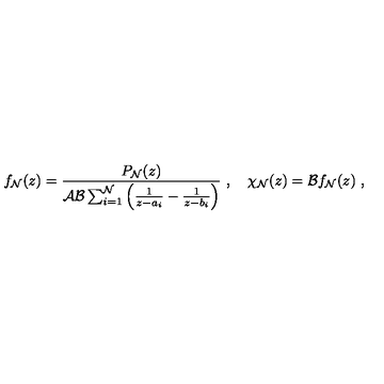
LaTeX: f _ { \cal N } ( z ) = { \frac { P _ { \cal N } ( z ) } { { \cal A } { \cal B } \sum _ { i = 1 } ^ { \cal N } \left( { \frac { 1 } { z - a _ { i } } } - { \frac { 1 } { z - b _ { i } } } \right) } } \ , \quad \chi _ { \cal N } ( z ) = { \cal B } f _ { \cal N } ( z ) \ ,